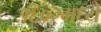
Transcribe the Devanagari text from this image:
१६०२मध्ये